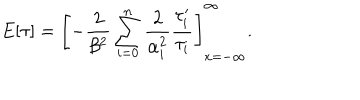
LaTeX: E [ \tau ] = \left[ - \frac 2 { \beta ^ { 2 } } \sum _ { i = 0 } ^ { n } \frac 2 { \alpha _ { i } ^ { 2 } } \frac { \tau _ { i } ^ { \prime } } { \tau _ { i } } \right] _ { x = - \infty } ^ { \infty } .